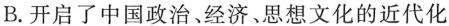
B. 开启了中国政治经济、思想文化的近代化